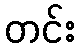
တင်း